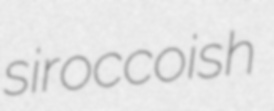
siroccoish